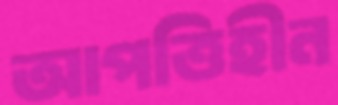
আপত্তিহীন